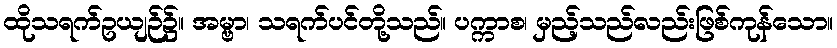
ထိုသရက်ဥယျဉ်၌။ အမ္ဗာ၊ သရက်ပင်တို့သည်။ ပက္ကာစ၊ မှည့်သည်လည်းဖြစ်ကုန်သော။